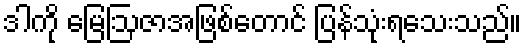
ဒါကို မြေဩဇာအဖြစ်တောင် ပြန်သုံးရသေးသည်။